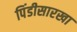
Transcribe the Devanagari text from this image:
पिंडीसारखा